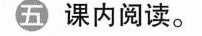
五课内阅读。